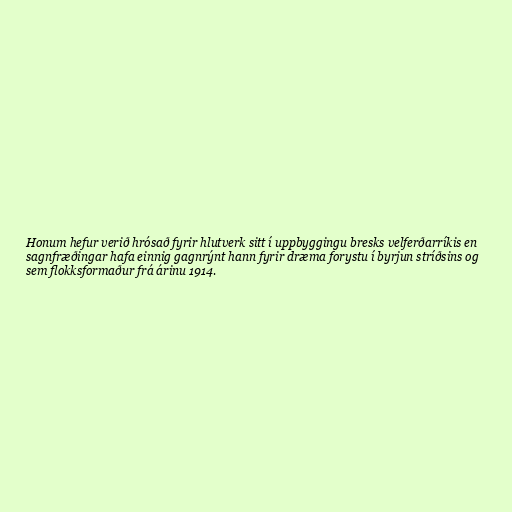
Honum hefur verið hrósað fyrir hlutverk sitt í uppbyggingu bresks velferðarríkis en
sagnfræðingar hafa einnig gagnrýnt hann fyrir dræma forystu í byrjun stríðsins og
sem flokksformaður frá árinu 1914.